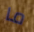
ما